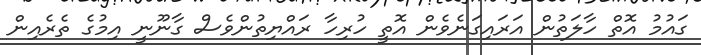
ގައުމު އޮތް ހާލަތުން އަރައިގަނެވެން އޮތީ ހުރިހާ ރައްޔިތުންވެސް ގާނޫނީ އިމުގެ ތެރެއިން